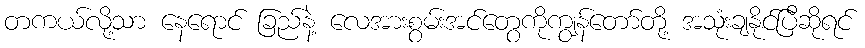
တကယ်လို့သာ နေရောင် ခြည်နဲ့ လေအားစွမ်းအင်တွေကိုကျွန်တော်တို့ အသုံးချနိုင်ပြီဆိုရင်